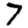
Digit: 7